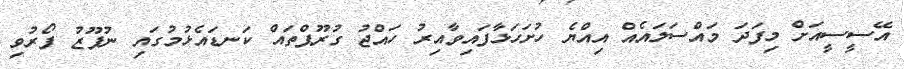
އޭސީސީއަށް މިފަދަ މައްސަލައެއް އިއްޔެ ހުށަހަޅާފައިވާއިރު ހައްޖު ގުރޫޕްތައް ކަނޑައެޅުމުގައި ނުފޫޒު ފޯރުވި